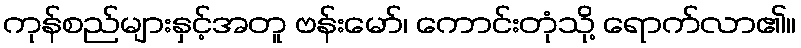
ကုန်စည်များနှင့်အတူ ဗန်းမော်၊ ကောင်းတုံသို့ ရောက်လာ၏။